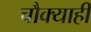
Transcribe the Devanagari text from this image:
चौक्याही